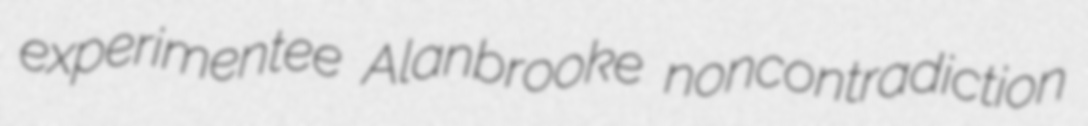
experimentee Alanbrooke noncontradiction